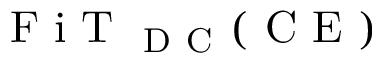
\mathrm { ~ F ~ i ~ T ~ } _ { \mathrm { ~ D ~ C ~ } } ( \mathrm { ~ C ~ E ~ } )